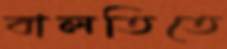
বালতিতে